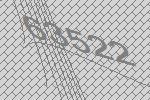
63522